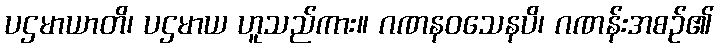
ပဌမာယာတိ၊ ပဌမာယ ဟူသည်ကား။ ဂဏနဝသေနပိ၊ ဂဏန်းအစဉ်၏